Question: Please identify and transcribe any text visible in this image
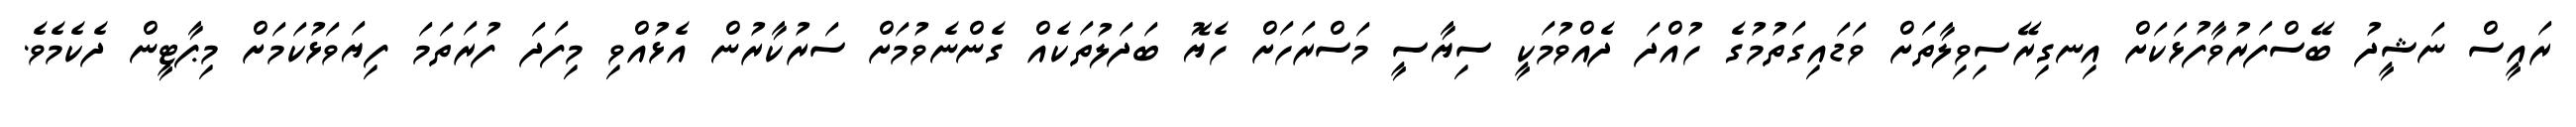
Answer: ރައީސް ނަޝީދު ބޭސްފަރުވާފުޅަކަށް އިނގިރޭސިވިލާތަށް ވަޑައިގަތުމުގެ ހުއްދަ ދެއްވުމަކީ ސިޔާސީ މަސްރަހަށް ހެޔޮ ބަދަލުތަކެއް ގެންނެވުމަށް ސަރުކާރުން އެޅުއްވި މިފަދަ ފުރަތަމަ ފިޔަވަޅުކަމަށް މިޕާޓީން ދެކެމެވެ.